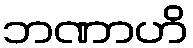
ဘဏာဟိ